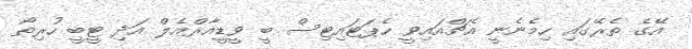
އޭގެ ތެރޭގައި ހިމެނެނީ އެޗްއައިވީ ހެޕަޓައިޓިސް ބީ ވީޑީއާރްއެލް އަދި ޓީބީ ހުރިތޯ